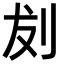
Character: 𪟁